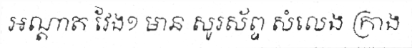
អណ្តាត វែង១ មាន សូរស័ព្ទ សំលេង ក្រាង